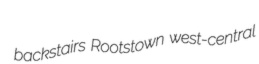
backstairs Rootstown west-central